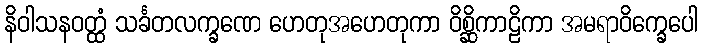
နိဝါသနဝတ္ထံ သင်္ခတလက္ခဏေ ဟေတုအဟေတုကာ ဝိစ္ဆိကာဠိကာ အမရာဝိက္ခေပေါ